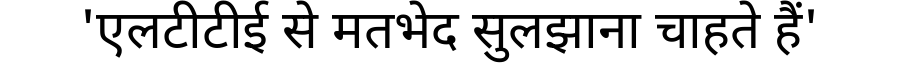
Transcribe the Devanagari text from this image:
'एलटीटीई से मतभेद सुलझाना चाहते हैं'